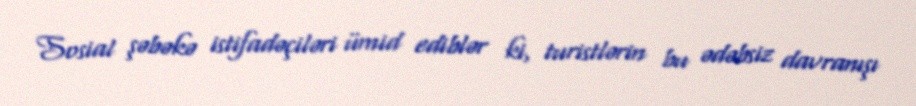
Sosial şəbəkə istifadəçiləri ümid ediblər ki, turistlərin bu ədəbsiz davranışı